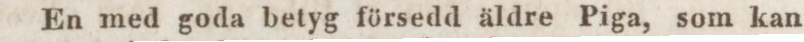
En med goda betyg försedd äldre Piga, som kan